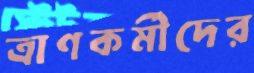
ত্রাণকর্মীদের